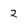
Character: 2